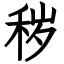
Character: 秽